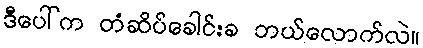
ဒီပေါ်က တံဆိပ်ခေါင်းခ ဘယ်လောက်လဲ။